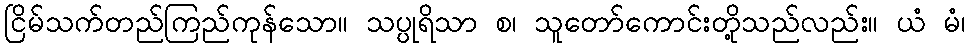
ငြိမ်သက်တည်ကြည်ကုန်သော။ သပ္ပုရိသာ စ၊ သူတော်ကောင်းတို့သည်လည်း။ ယံ မံ၊